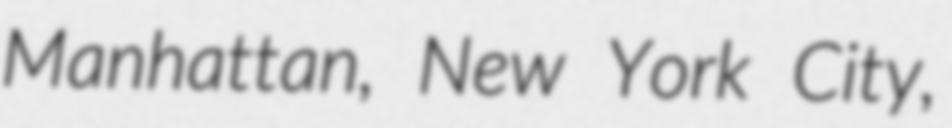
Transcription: Manhattan, New York City,